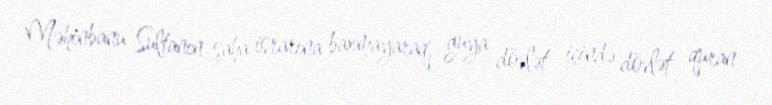
Məhinbanu Sultanın şaha israrına baxmayaraq, guya dövlət içində dövlət quran